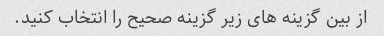
از بین گزینه های زیر گزینه صحیح را انتخاب کنید.